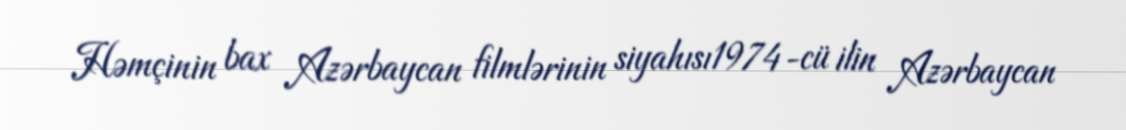
Həmçinin bax Azərbaycan filmlərinin siyahısı1974-cü ilin Azərbaycan